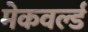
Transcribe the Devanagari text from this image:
मेकवर्ल्ड